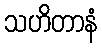
သဟိတာနံ